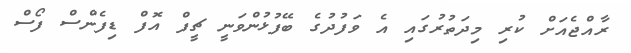
ރާއްޖެއަށް ކުރި މިދަތުރުގައި އެ ވަފުދުގެ ބޭފުޅުންވަނީ ޗީފް އޮފް ޑިފެންސް ފޯސް